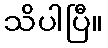
သိပါပြီ။